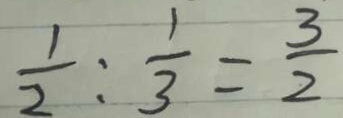
\frac { 1 } { 2 } : \frac { 1 } { 3 } = \frac { 3 } { 2 }